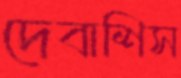
দেবাশিস